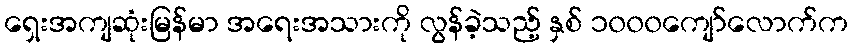
ရှေးအကျဆုံးမြန်မာ အရေးအသားကို လွန်ခဲ့သည့် နှစ် ၁၀၀၀ကျော်လောက်က